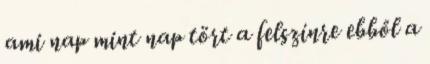
ami nap mint nap tört a felszínre ebből a